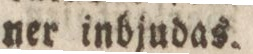
ner inbjudas.